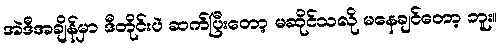
အဲဒီအချိန်မှာ ဒီတိုင်းပဲ ဆက်ပြီးတော့ မဆိုင်သလို မနေချင်တော့ ဘူး။